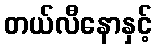
တယ်လီနောနှင့်